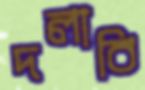
দলাবি